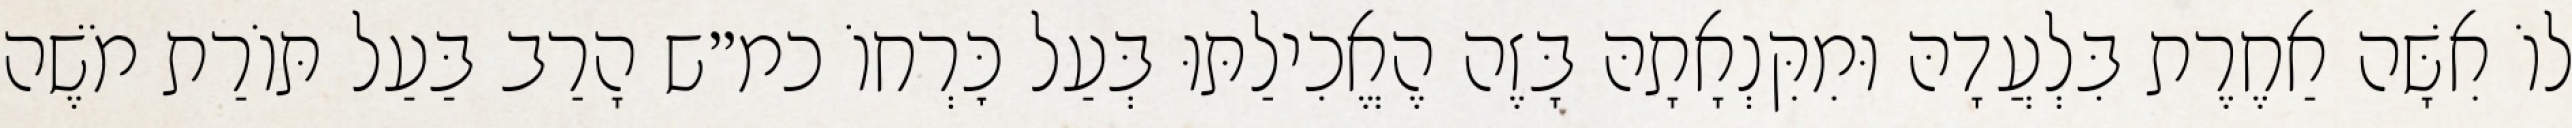
לוֹ אִשָּׁה אַחֶרֶת בִּלְעֲדָהּ וּמִקִּנְאָתָהּ בָּזֶה הֶאֱכִילַתּוּ בְּעַל כׇּרְחוֹ כמ״ש הָרַב בַּעַל תּוֹרַת מֹשֶׁה